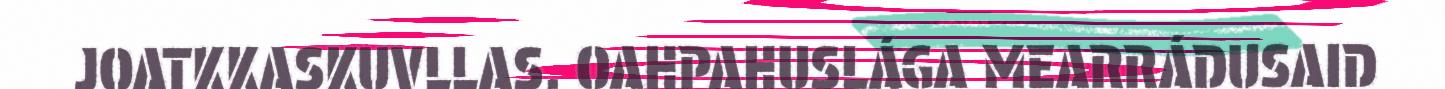
JOATKKASKUVLLAS. OAHPAHUSLÁGA MEARRÁDUSAID